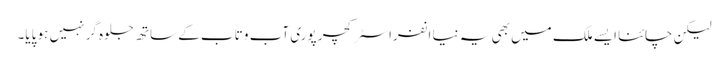
لیکن چائنا ایسے ملک میں بھی یہ نیا انفراسٹرکچر پوری آب و تاب کے ساتھ جلوہ گر نہیں ہو پایا۔